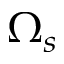
\Omega _ { s }